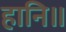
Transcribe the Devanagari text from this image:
हानि॥